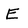
Character: E